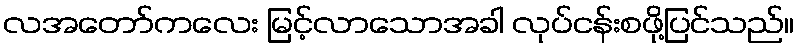
လအတော်ကလေး မြင့်လာသောအခါ လုပ်ငန်းစဖို့ပြင်သည်။